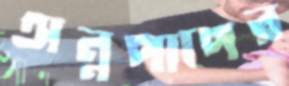
অন্নপাপের